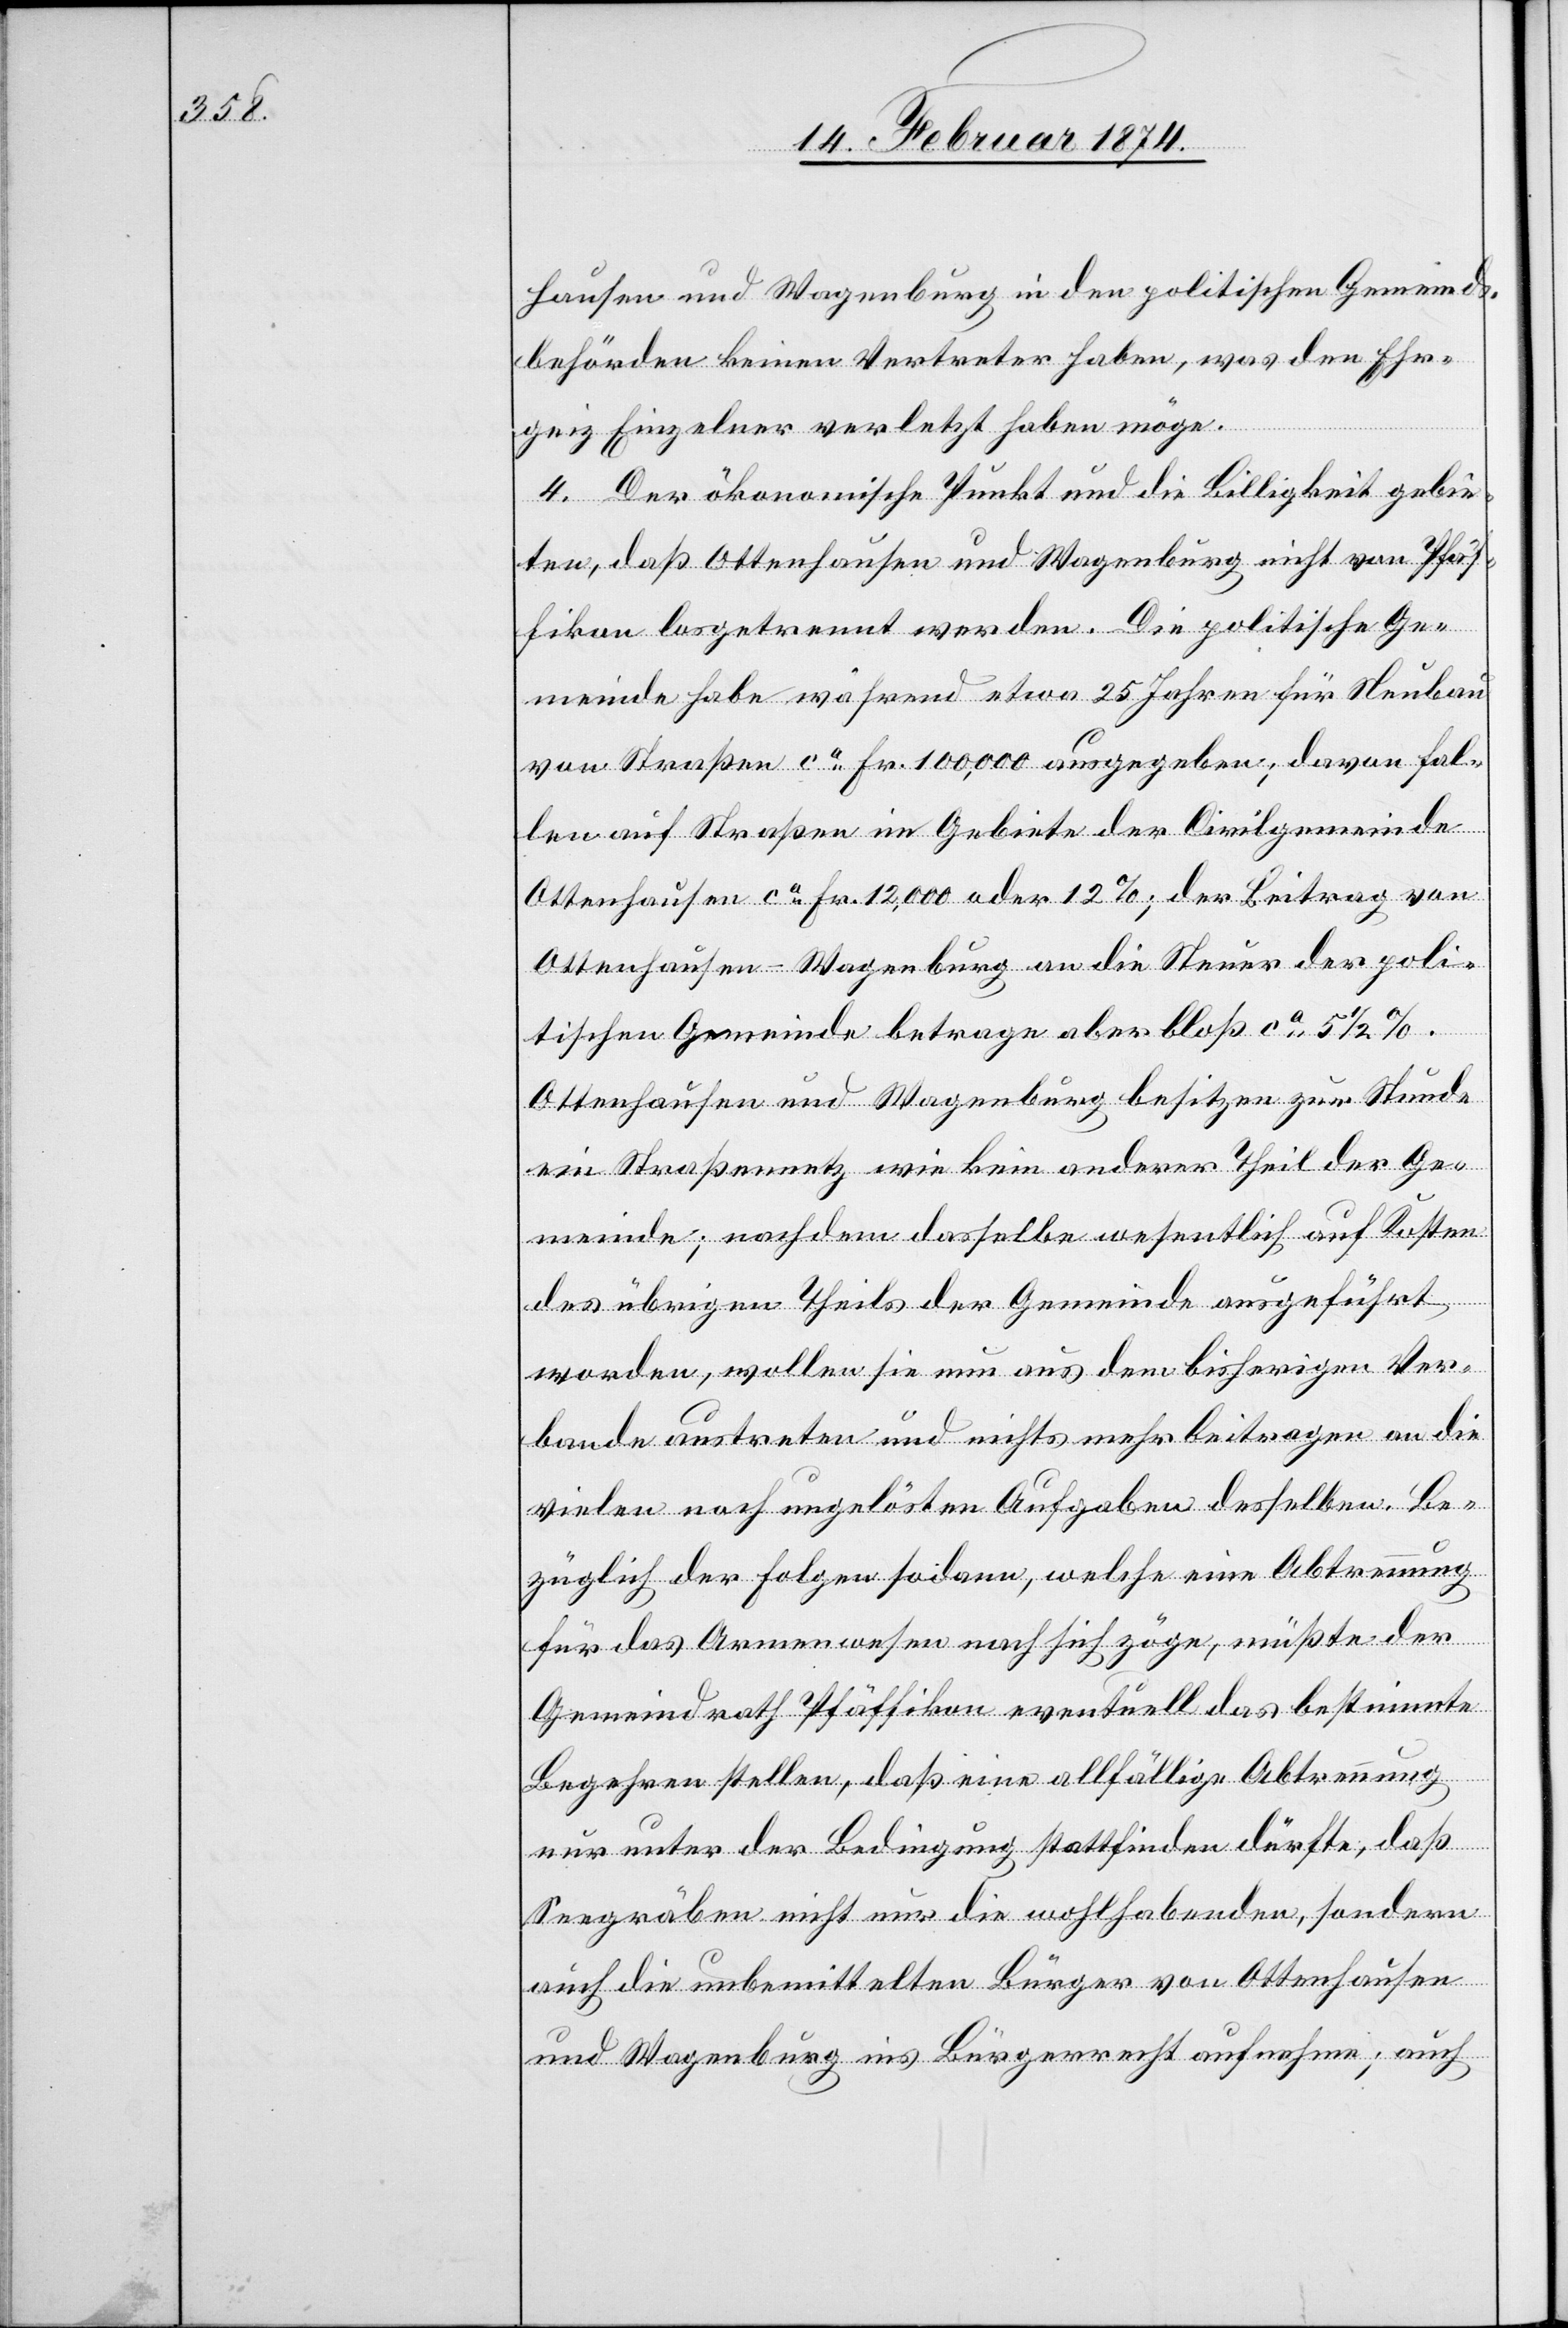
hausen und Wagenburg in den politischen Gemeinds¬
behörden keinen Vertreter haben, was den Ehr¬
geiz Einzelner verletzt haben möge.
4. Der ökonomische Punkt und die Billigkeit gebie¬
ten, daß Ottenhausen und Wagenburg nicht von Pfäf¬
fikon losgetrennt werden. Die politische Ge¬
meinde habe während etwa 25 Jahren für Neubau
von Straßen ca Fr. 100,000 ausgegeben; davon fal¬
len auf Straßen im Gebiete der Civilgemeinde
Ottenhausen ca Fr. 12,000 oder 12%; der Beitrag von
Ottenhausen-Wagenburg an die Steuer der poli¬
tischen Gemeinde betrage aber bloß ca 5 1/2%.
Ottenhausen und Wagenburg besitzen zur Stunde
ein Straßennetz wie kein anderer Theil der Ge¬
meinde, nachdem dasselbe wesentlich auf Kosten
des übrigen Theils der Gemeinde ausgeführt
worden, wollen sie nun aus dem bisherigen Ver¬
bande austreten und nichts mehr beitragen an die
vielen noch ungelösten Aufgaben desselben. Be¬
züglich der Folgen sodann, welche eine Abtrennung
für das Armenwesen nach sich zöge, müßte der
Gemeindrath Pfäffikon eventuell das bestimmte
Begehren stellen, daß eine allfällige Abtrennung
nur unter der Bedingung stattfinden dürfte, daß
Seegräben nicht nur die wohlhabenden, sondern
auch die unbemittelten Bürger von Ottenhausen
und Wagenburg ins Bürgerrecht aufnehme; auch